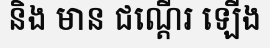
និង មាន ជណ្តើរ ឡើង